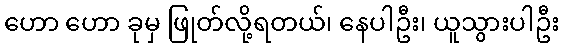
ဟော ဟော ခုမှ ဖြုတ်လို့ရတယ်၊ နေပါဦး၊ ယူသွားပါဦး